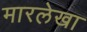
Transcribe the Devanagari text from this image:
मारलेखा